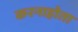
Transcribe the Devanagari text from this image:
करनाहोता